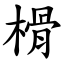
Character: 榾